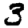
Digit: 3